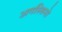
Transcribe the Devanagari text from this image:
अगस्तिनो